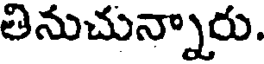
తినుచున్నారు.